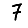
Digit: 7